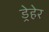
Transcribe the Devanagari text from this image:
ड्रेहेर